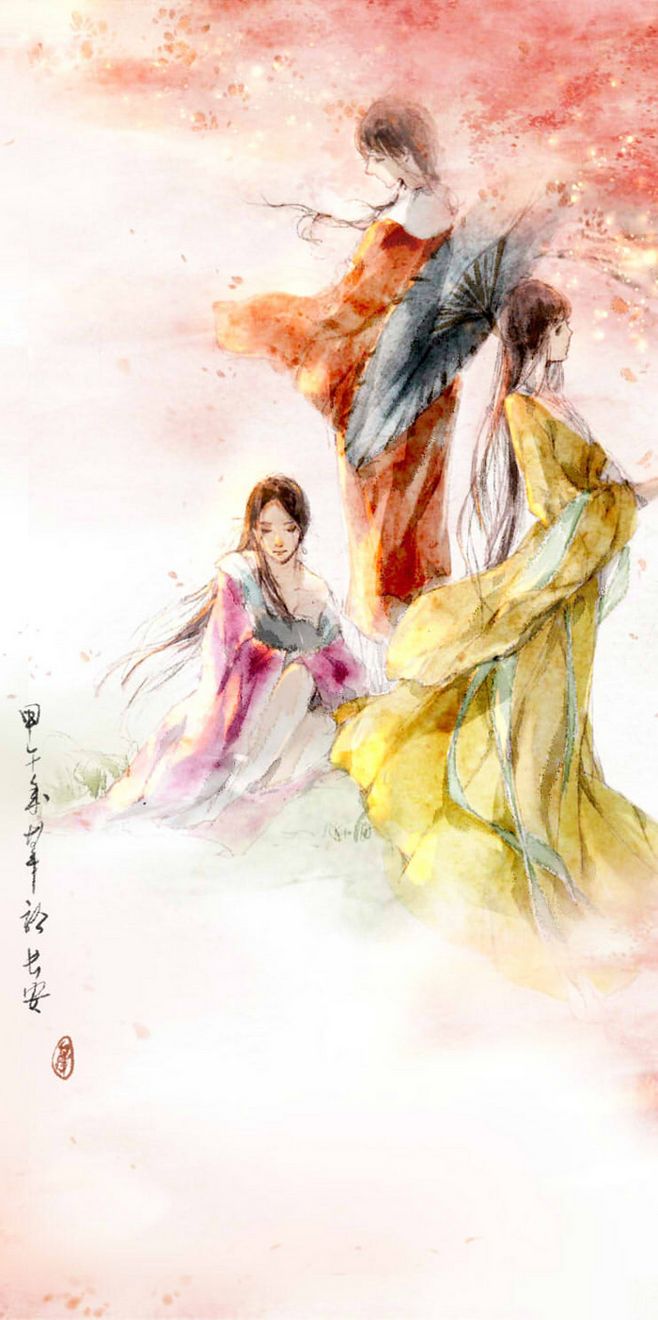
宿草春风又，新阡去岁无。